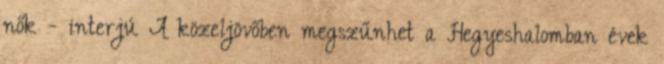
nők - interjú A közeljövőben megszűnhet a Hegyeshalomban évek